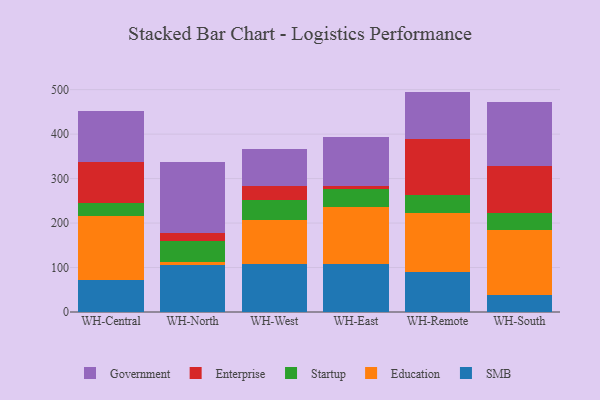
{"axis": {"x": "Warehouse", "y": "Headcount"}, "legend": ["Education", "Enterprise", "Government", "SMB", "Startup"], "data": [{"x": "WH-Central", "y": 72.6, "type": "SMB"}, {"x": "WH-Central", "y": 143.1, "type": "Education"}, {"x": "WH-Central", "y": 29.1, "type": "Startup"}, {"x": "WH-Central", "y": 93.6, "type": "Enterprise"}, {"x": "WH-Central", "y": 112.8, "type": "Government"}, {"x": "WH-North", "y": 106.0, "type": "SMB"}, {"x": "WH-North", "y": 7.1, "type": "Education"}, {"x": "WH-North", "y": 46.0, "type": "Startup"}, {"x": "WH-North", "y": 17.8, "type": "Enterprise"}, {"x": "WH-North", "y": 159.5, "type": "Government"}, {"x": "WH-West", "y": 108.0, "type": "SMB"}, {"x": "WH-West", "y": 99.6, "type": "Education"}, {"x": "WH-West", "y": 43.8, "type": "Startup"}, {"x": "WH-West", "y": 32.4, "type": "Enterprise"}, {"x": "WH-West", "y": 83.8, "type": "Government"}, {"x": "WH-East", "y": 107.2, "type": "SMB"}, {"x": "WH-East", "y": 127.8, "type": "Education"}, {"x": "WH-East", "y": 40.7, "type": "Startup"}, {"x": "WH-East", "y": 8.0, "type": "Enterprise"}, {"x": "WH-East", "y": 110.0, "type": "Government"}, {"x": "WH-Remote", "y": 89.6, "type": "SMB"}, {"x": "WH-Remote", "y": 132.8, "type": "Education"}, {"x": "WH-Remote", "y": 41.5, "type": "Startup"}, {"x": "WH-Remote", "y": 124.8, "type": "Enterprise"}, {"x": "WH-Remote", "y": 106.9, "type": "Government"}, {"x": "WH-South", "y": 38.2, "type": "SMB"}, {"x": "WH-South", "y": 147.3, "type": "Education"}, {"x": "WH-South", "y": 36.2, "type": "Startup"}, {"x": "WH-South", "y": 106.0, "type": "Enterprise"}, {"x": "WH-South", "y": 145.4, "type": "Government"}]}